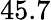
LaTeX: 45.7